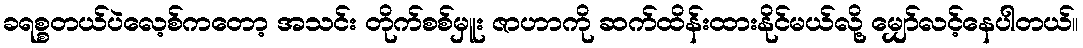
ခရစ္စတယ်ပဲလေ့စ်ကတော့ အသင်း တိုက်စစ်မှူး ဇာဟာကို ဆက်ထိန်းထားနိုင်မယ်လို့ မျှော်လင့်နေပါတယ်။